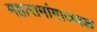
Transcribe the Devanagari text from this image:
महारामांगाजवळ